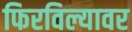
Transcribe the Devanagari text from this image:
फिरविल्यावर